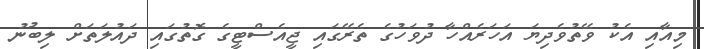
މިއާއި އެކު ވޭތުވެދިޔަ އަހަރެއްހާ ދުވަހުގެ ތެރޭގައި ޖީއެސްޓީގެ ގޮތުގައި ދައުލަތަށް ލިބުނު